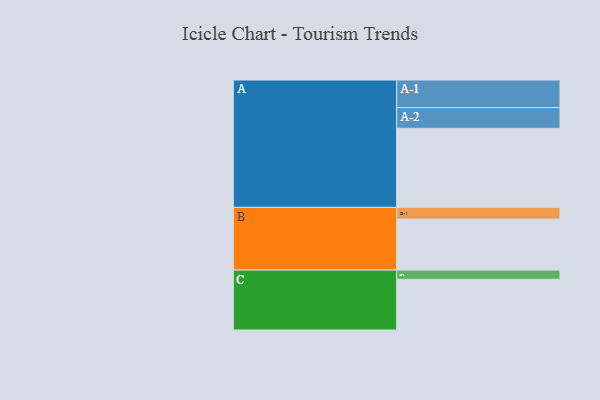
{"axis": {"x": "Segment", "y": "Value"}, "legend": ["", "A", "B", "C"], "data": [{"x": "A", "y": 560, "type": ""}, {"x": "B", "y": 361, "type": ""}, {"x": "C", "y": 359, "type": ""}, {"x": "A-1", "y": 195, "type": "A"}, {"x": "A-2", "y": 147, "type": "A"}, {"x": "B-1", "y": 83, "type": "B"}, {"x": "C-1", "y": 65, "type": "C"}]}